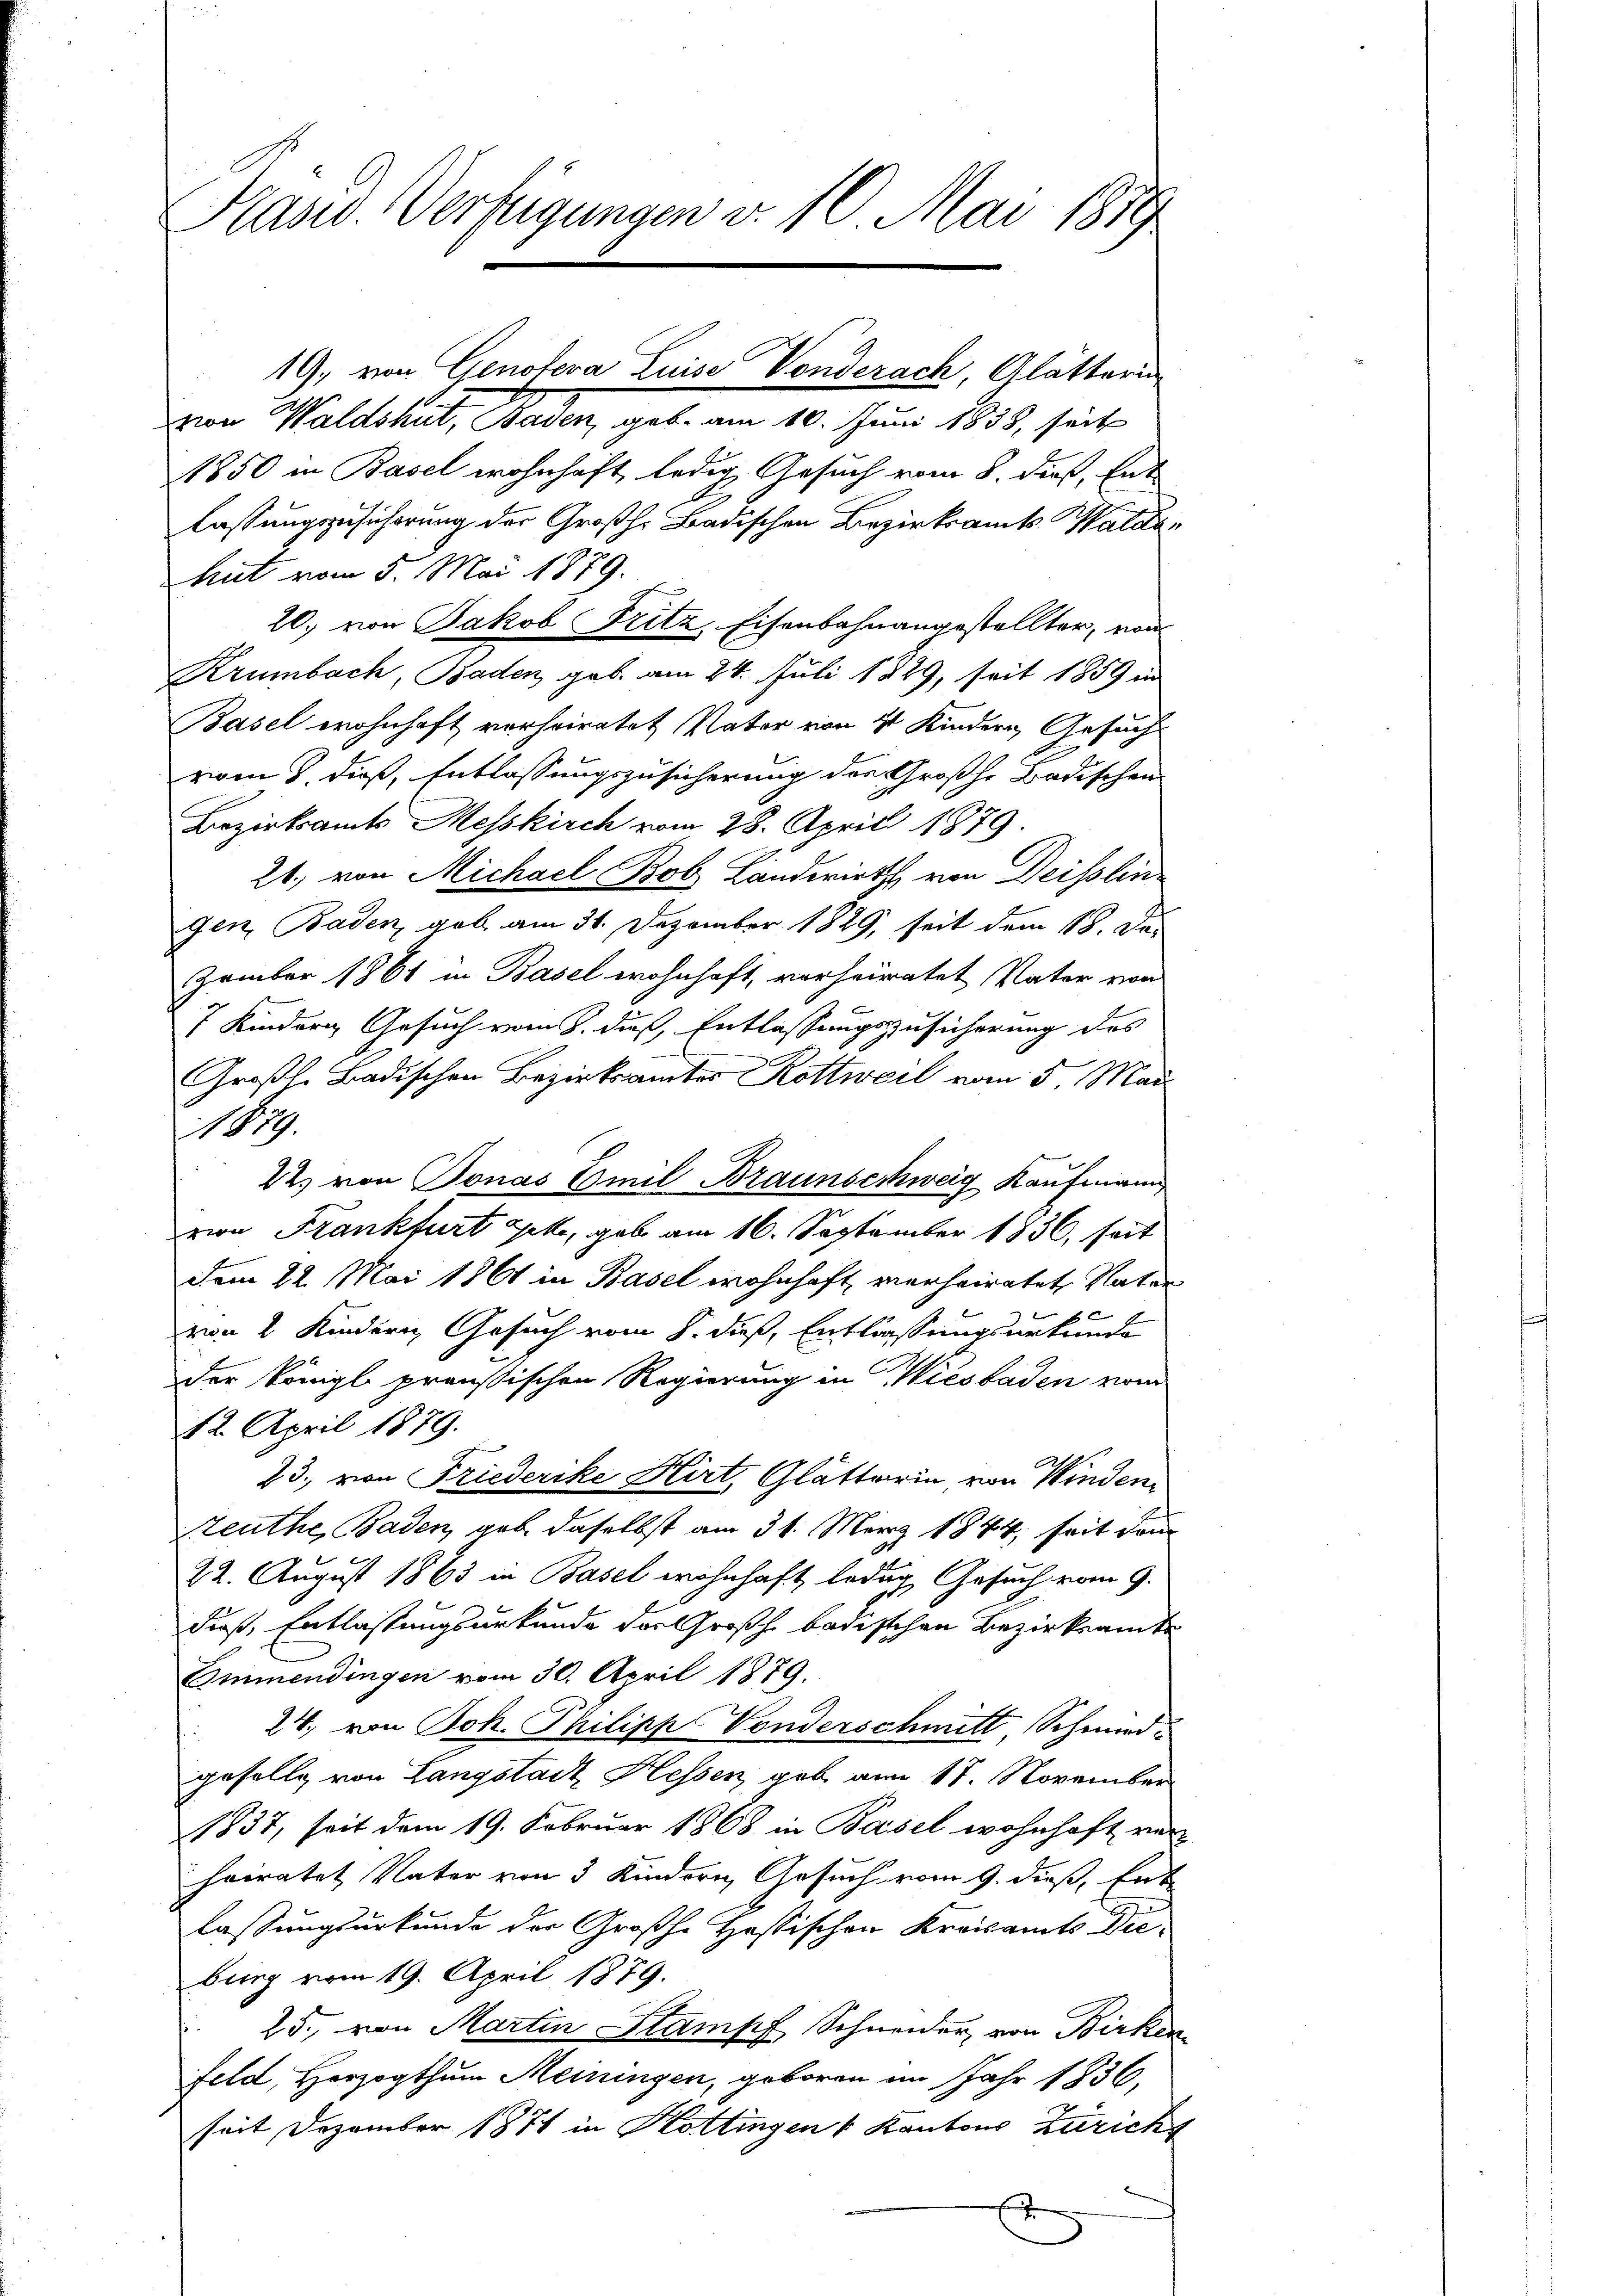
Kasw. Verfügungen v. 10. Mai 1819

1850 in Basel wohnhaft ledig Gesuch vom 8. dieß, Ent
lassungszusicherung der Großh. Badischen Bezirksamts Waldahut vom 5. Mai 1879.
20. von Jakob Fritz, Eisenbahnangestellter, von
Krumbach, Baden, geb. am 24. Juli 1829, seit 1859 in
Basel wohnhaft vorheiratet Vater von 4 Kindern Gesucht
vom 8. dieß, Entlassungszusicherung der Großh. Badischen
Bezirksamts Messkirch vom 28. April 1879.
21. von Michael Bob Landwirths von Deisslin
gen, Baden, geb. am 31. Dezember 1829, seit dem 18. Das
zember 1861 in Basel wohnhaft, vorheiratet Vater von
7 Kindern Gesuch vom 8. dieß, Entlassungszusicherung des
Großh. Badischen Bezirksamtes Rottweil vom 5. Mai
1.
22. von Bonas Emil Braunschweig Kaufmann
von Frankfurt gehe, gab am 16. September 1836, seit
dem 22. Mai 1861 in Basel wohnhaft verheiratet, Vater
von 2 Kindern Gesuch vom 8. dieß, Entlassungsurkunde
der Königl. preußischen Regierung in Wiesbaden vom
12. April 1879.
23. von Friederike Hirt, Glätterin, von Winden¬
Zeuthe, Baden, gab daselbst am 31. März 1844, seit dem
22. August 1863 in Basel wohnhaft ledig Gesuch vom 9.
dieß, Entlassungsurkunde der Großh. badischen Bezirksamte
Emmendingen vom 30. April 1879.
27. von Joh. Philipp Vonderschmitt Schmiedgefalle von Langstadt Hessen, gab am 17. November
1837, seit dem 19. Februar 1868 in Basel wohnhaft ver
heiratet Vater von 3 Kindern Gesuch vom 9. dieß, Ent-
lassungsurkunde der Großhe Hassischen Kreisamts Die-
bing vom 19. April 1879.
25. von Martin Stampf Schneider, von Birken
feld, Herzogthum Meinungen, geboren im Jahr 1836,
seit Dezember 1871 in Kottingen " Kantons Züricht
s

19, von Genoteva Luise Vonderach, Glätterun
zion Waldshut, Basen, geb. am 10. Juni 1858, seit